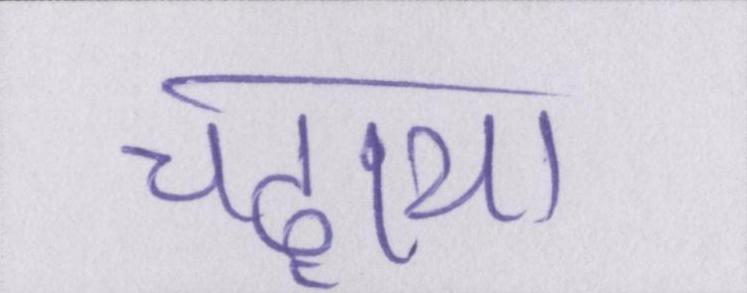
चढ़ाया